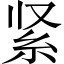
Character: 紧